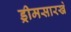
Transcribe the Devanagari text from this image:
ड्रीमसारखे